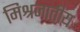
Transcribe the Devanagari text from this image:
मिश्रजातीय